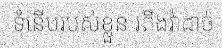
ទំនើបរបស់ខ្លួន រពឹងវ៉ាដាច់